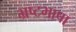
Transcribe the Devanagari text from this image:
भ्रष्टभाषा